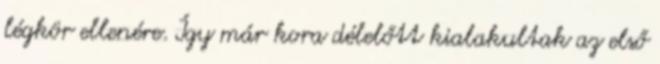
légkör ellenére. Így már kora délelőtt kialakultak az első